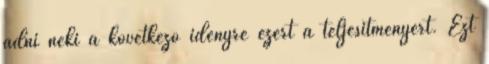
adni neki a következő idényre ezért a teljesítményért. Ezt